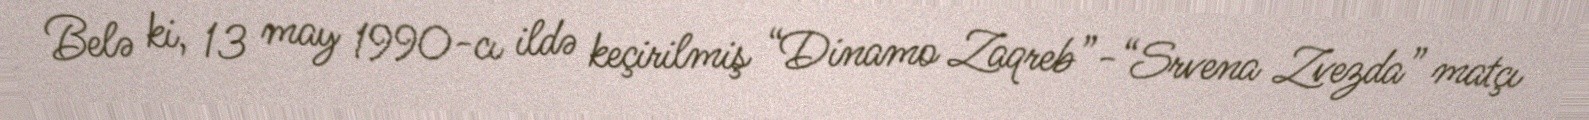
Belə ki, 13 may 1990-cı ildə keçirilmiş “Dinamo Zaqreb”-“Srvena Zvezda” matçı